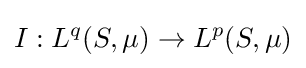
I:L^{q}(S,\mu )\to L^{p}(S,\mu )